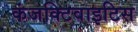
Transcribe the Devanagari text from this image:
कंजक्टिवाइटिस